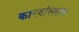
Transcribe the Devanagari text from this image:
कारवांसराय